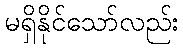
မရှိနိုင်သော်လည်း